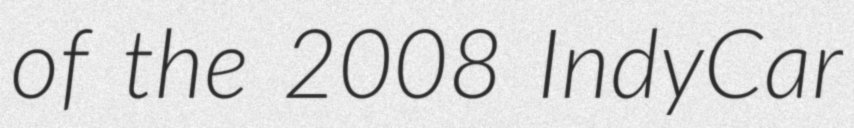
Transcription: of the 2008 IndyCar